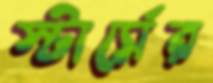
স্টার্সের